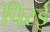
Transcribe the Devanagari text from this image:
पिरई